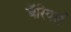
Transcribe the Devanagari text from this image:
बॅरियर्स